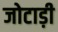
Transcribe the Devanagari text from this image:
जोटाड़ी